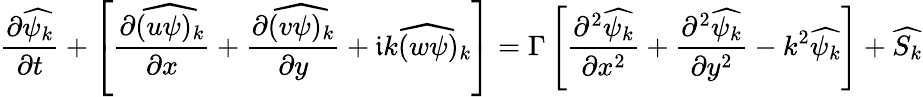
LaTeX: \frac{\partial\widehat{\psi_{k}}}{\partial t}+\left[\frac{\partial\widehat{(u\psi)_{k}}}{\partial x}+\frac{\partial\widehat{(v\psi)_{k}}}{\partial y}+\mathfrak{i}\widehat{k(w\psi)_{k}}\right]=\Gamma\left[\frac{\partial^{2}\widehat{\psi_{k}}}{\partial x^{2}}+\frac{\partial^{2}\widehat{\psi_{k}}}{\partial y^{2}}-k^{2}\widehat{\psi_{k}}\right]+\widehat{S_{k}}